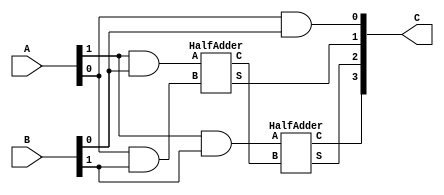
module Lab2_3(A,B,C);
input [1:0]A,B;
output [3:0]C;

HalfAdder HA1(.A(a1),.B(b1),.S(s1),.C(c1));
HalfAdder HA2(.A(a2),.B(b2),.S(s2),.C(c2));

assign a1=(A[1]&B[1]);
assign b1=c2;

assign a2=(A[1]&B[0]);
assign b2=(A[0]&B[1]);

assign C[0]=(A[0]&B[0]);
assign C[1]=s2;
assign C[2]=s1;
assign C[3]=c1;


endmodule 

module HalfAdder(A,B,S,C);
input A,B;
output S,C;
 
assign S=(A^B);
assign C=(A&B);

endmodule